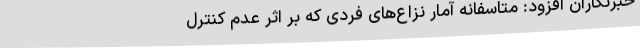
خبرنگاران افزود: متاسفانه آمار نزاع‌های فردی که بر اثر عدم کنترل